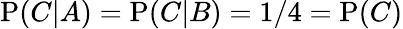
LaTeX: \mathrm{P}(C|A)=\mathrm{P}(C|B)=1/4=\mathrm{P}(C)